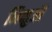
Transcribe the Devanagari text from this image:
भिक्षुऔं